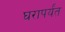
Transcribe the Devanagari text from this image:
घरापर्यंत